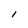
Character: l